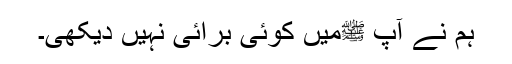
ہم نے آپ ﷺمیں کوئی برائی نہیں دیکھی۔